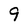
Character: 9